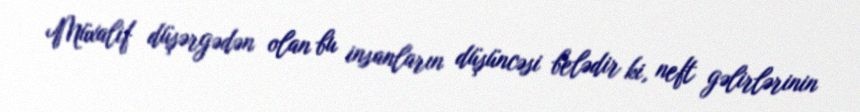
Müxalif düşərgədən olan bu insanların düşüncəsi belədir ki, neft gəlirlərinin